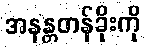
အနန္တတန်ခိုးကို